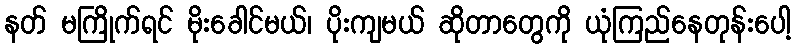
နတ် မကြိုက်ရင် မိုးခေါင်မယ်၊ ပိုးကျမယ် ဆိုတာတွေကို ယုံကြည်နေတုန်းပေါ့